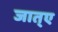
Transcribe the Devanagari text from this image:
जात्ए